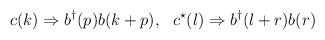
\begin{align*}c(k) \Rightarrow b^{\dagger}(p)b(k+p), ~~ c^{\star}(l) \Rightarrow b^{\dagger}(l+r)b(r) \end{align*}